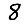
Digit: 8